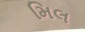
મિલ